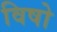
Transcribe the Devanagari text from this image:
विषो